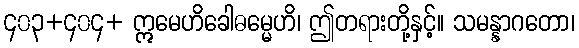
၄၀၃+၄၀၄+ ဣမေဟိခေါဓမ္မေဟိ၊ ဤတရားတို့နှင့်။ သမန္နာဂတော၊